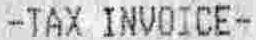
-TAX INVOICE-